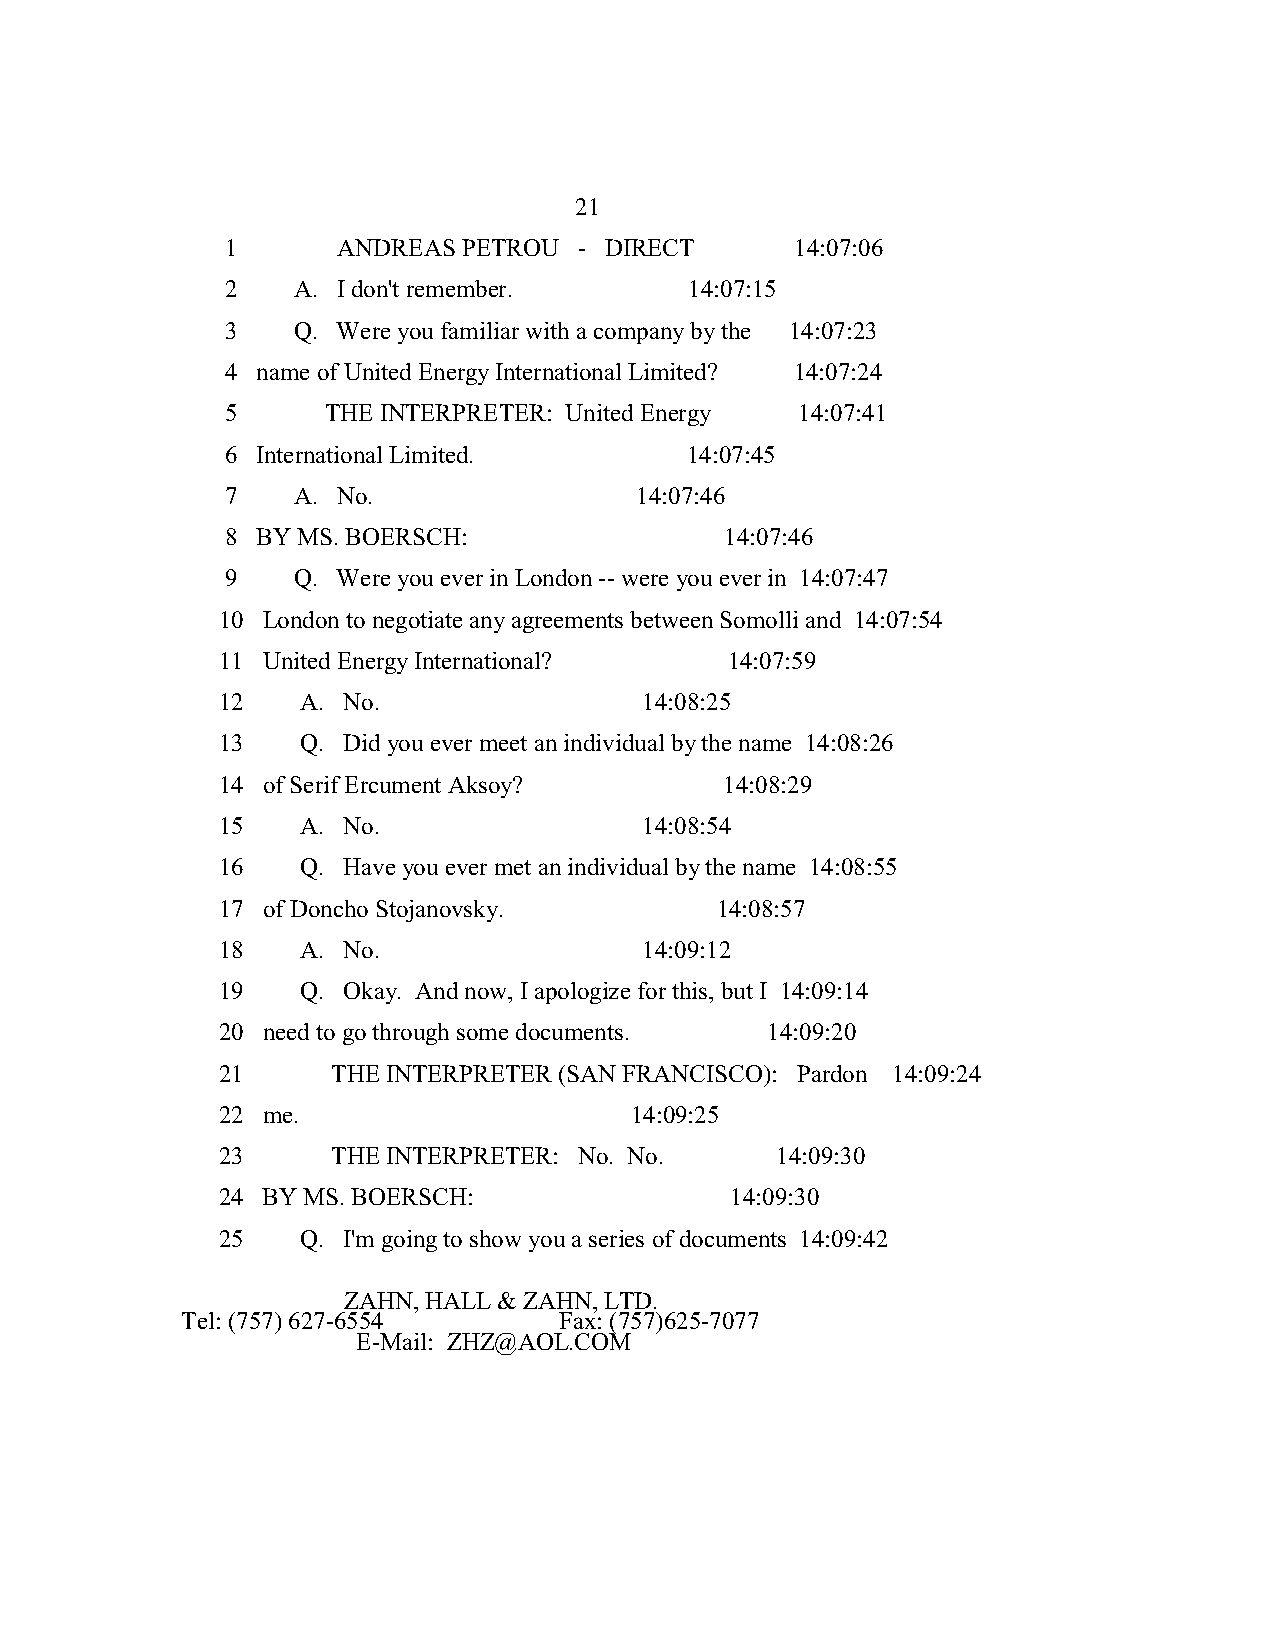
21
 1      ANDREAS  PETROU - DIRECT       14:07:06
 2   A. I don't remember.       14:07:15
 3   Q. Were you familiar with a company by the 14:07:23
 4 name of United Energy International Limited? 14:07:24
 5      THE INTERPRETER: United Energy 14:07:41
 6 International Limited.      14:07:45
 7   A. No.                 14:07:46
 8 BY MS. BOERSCH:                14:07:46
 9   Q. Were you ever in London -- were you ever in 14:07:47
 10 London to negotiate any agreements between Somolli and 14:07:54
 11 United Energy International?   14:07:59
 12    A. No.                 14:08:25
 13    Q. Did you ever meet an individual by the name 14:08:26
 14 of Serif Ercument Aksoy?       14:08:29
 15    A. No.                 14:08:54
 16    Q. Have you ever met an individual by the name 14:08:55
 17 of Doncho Stojanovsky.        14:08:57
 18    A. No.                 14:09:12
 19    Q. Okay. And now, I apologize for this, but I 14:09:14
 20 need to go through some documents. 14:09:20
 21      THE INTERPRETER (SAN FRANCISCO): Pardon 14:09:24
 22 me.                      14:09:25
 23      THE INTERPRETER: No. No.     14:09:30
 24 BY MS. BOERSCH:                14:09:30
 25    Q. I'm going to show you a series of documents 14:09:42
 ZAHN, HALL & ZAHN, LTD.
 Tel: (757) 627-6554      Fax: (757)625-7077
 E-Mail: ZHZ@AOL.COM